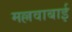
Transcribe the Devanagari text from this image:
मल्लवाबाई